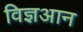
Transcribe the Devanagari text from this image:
विज्ञआन